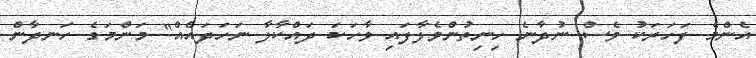
އެންމެ ފަހަރަކު ވެސް ނުދާނެ ހިނިތުންވެލާފައި ވާހަކަ ދައްކާލާ ނަހަދައެއް" މަންމަގެ ހަނދާން